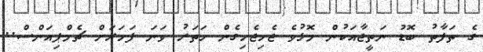
ގެ ތަފާތު ބޮޑު ނަތީޖާއަކުން މޮޅުވެ ޖެހިޖެހިގެން ހަތަރު ވަނަ ފަހަރަށް ޗެމްޕިއަންސް..